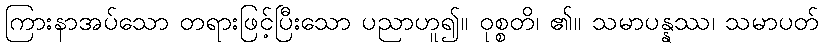
ကြားနာအပ်သော တရားဖြင့်ပြီးသော ပညာဟူ၍။ ဝုစ္စတိ၊ ၏။ သမာပန္နဿ၊ သမာပတ်